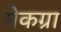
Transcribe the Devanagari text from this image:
मेकग्रा